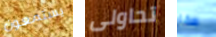
يستمعون تحاولى هذا